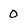
Character: 0